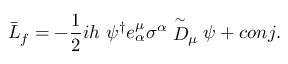
\bar { \cal L } _ { f } = - \frac { 1 } { 2 } i h ~ \psi ^ { \dagger } e _ { \alpha } ^ { \mu } \sigma ^ { \alpha } \stackrel { \sim } { D } _ { \mu } \psi + c o n j .